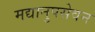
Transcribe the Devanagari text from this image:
मद्यानुपसेवन